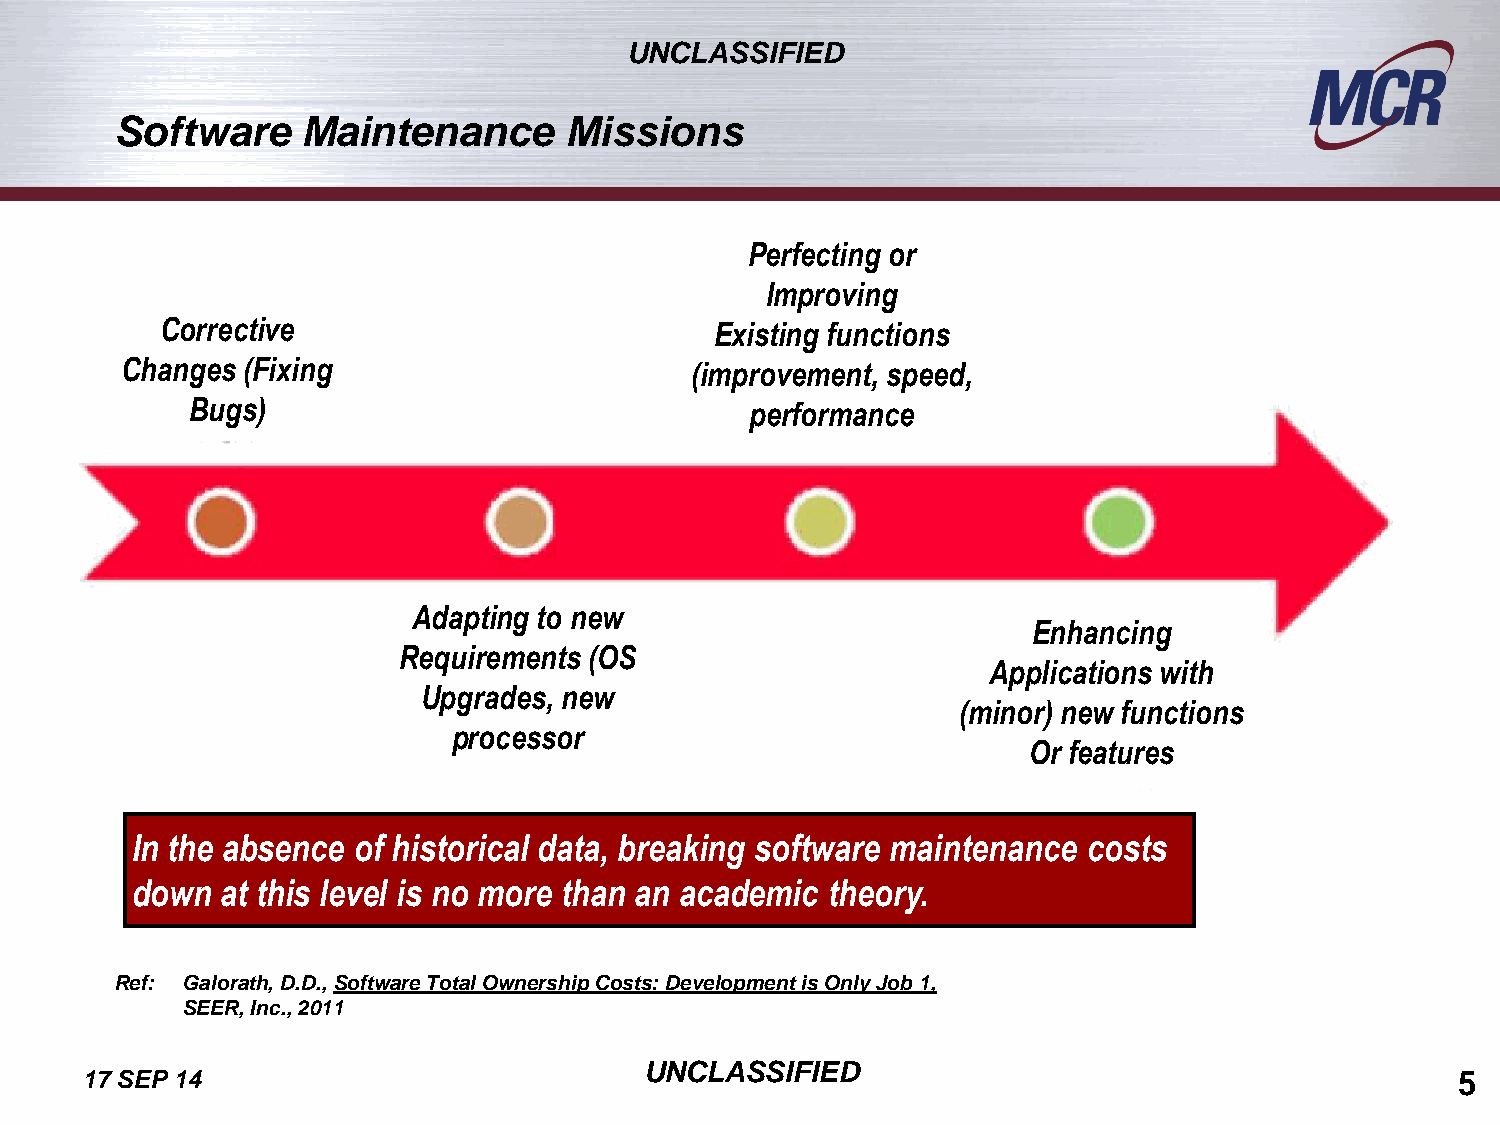
UNCLASSIFIED
 Software    Maintenance      Missions
 Perfecting or
 Improving
 Corrective                          Existing functions
 Changes (Fixing                       (improvement, speed,
 Bugs)                                 performance
 Adapting to new
 Enhancing
 Requirements (OS
 Applications with
 Upgrades, new
 (minor) new functions
 processor
 Or features
 In the absence of historical data, breaking software maintenance costs
 down  at this level is no more than an academic theory.
 Ref: Galorath, D.D., Software Total Ownership Costs: Development is Only Job 1,
 SEER, Inc., 2011
 UNCLASSIFIED
 17 SEP 14                                                                                   5